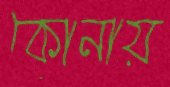
কোনায়